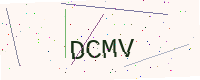
Text: DCMV